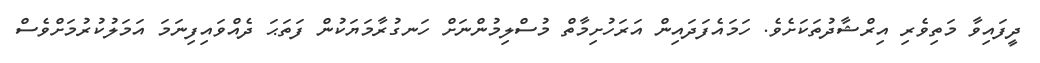
ދީފައިވާ މަތިވެރި އިރްޝާދުތަކަށެވެ. ހަމައެފަދައިން އަރަހުށިމާތް މުސްލިމުންނަށް ހަނގުރާމަޔަކުން ފަތަޙަ ދެއްވައިފިނަމަ އަމަލުކުރުމަށްވެސް